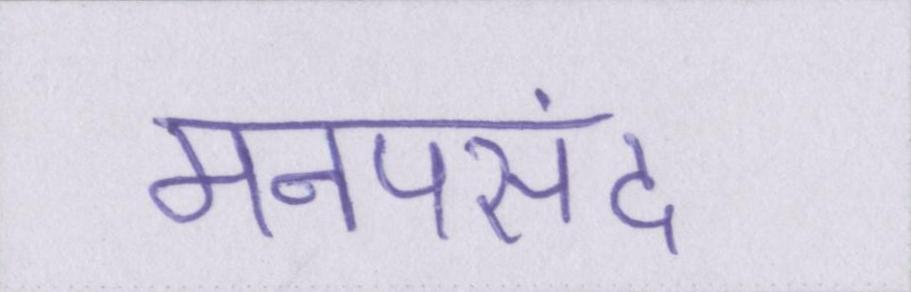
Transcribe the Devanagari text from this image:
मनपसंद